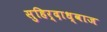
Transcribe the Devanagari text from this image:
सुहिर्दाध्वाज